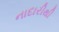
નાદારીથી